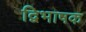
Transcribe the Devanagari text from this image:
द्विभाषक